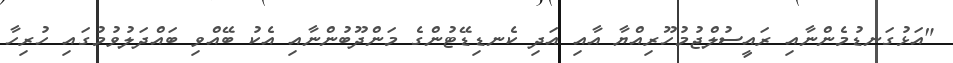
"އަޅުގަނޑުމެންނާއި ރައީސުލްޖުމުހޫރިއްޔާ އާއި އަދި ކެނޑިޑޭޓުންގެ މަންދޫބުންނާއި އެކު ބޭއްވި ބައްދަލުވުމުގައި ހުރިހާ